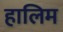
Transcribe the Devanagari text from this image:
हालिम